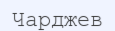
Чарджев